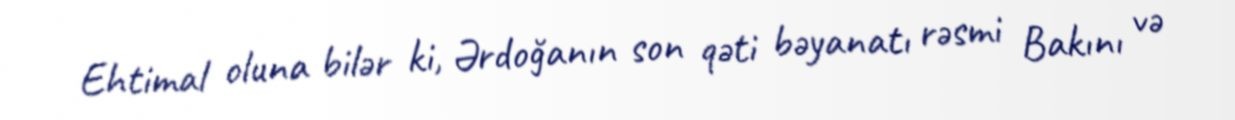
Ehtimal oluna bilər ki, Ərdoğanın son qəti bəyanatı rəsmi Bakını və